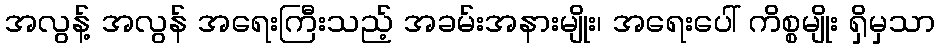
အလွန့် အလွန် အရေးကြီးသည့် အခမ်းအနားမျိုး၊ အရေးပေါ် ကိစ္စမျိုး ရှိမှသာ